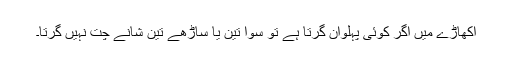
اکھاڑے میں اگر کوئی پہلوان گرتا ہے تو سوا تین یا ساڑھے تین شانے چت نہیں گرتا۔